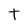
Character: t